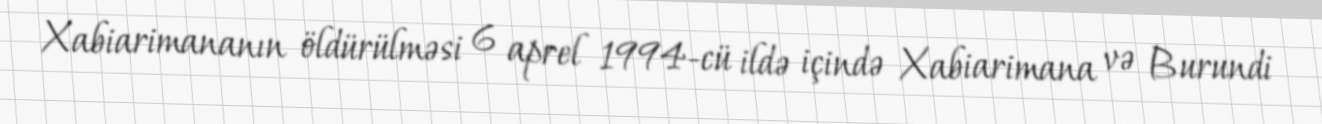
Xabiarimananın öldürülməsi 6 aprel 1994-cü ildə içində Xabiarimana və Burundi